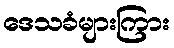
ဒေသခံများကြား